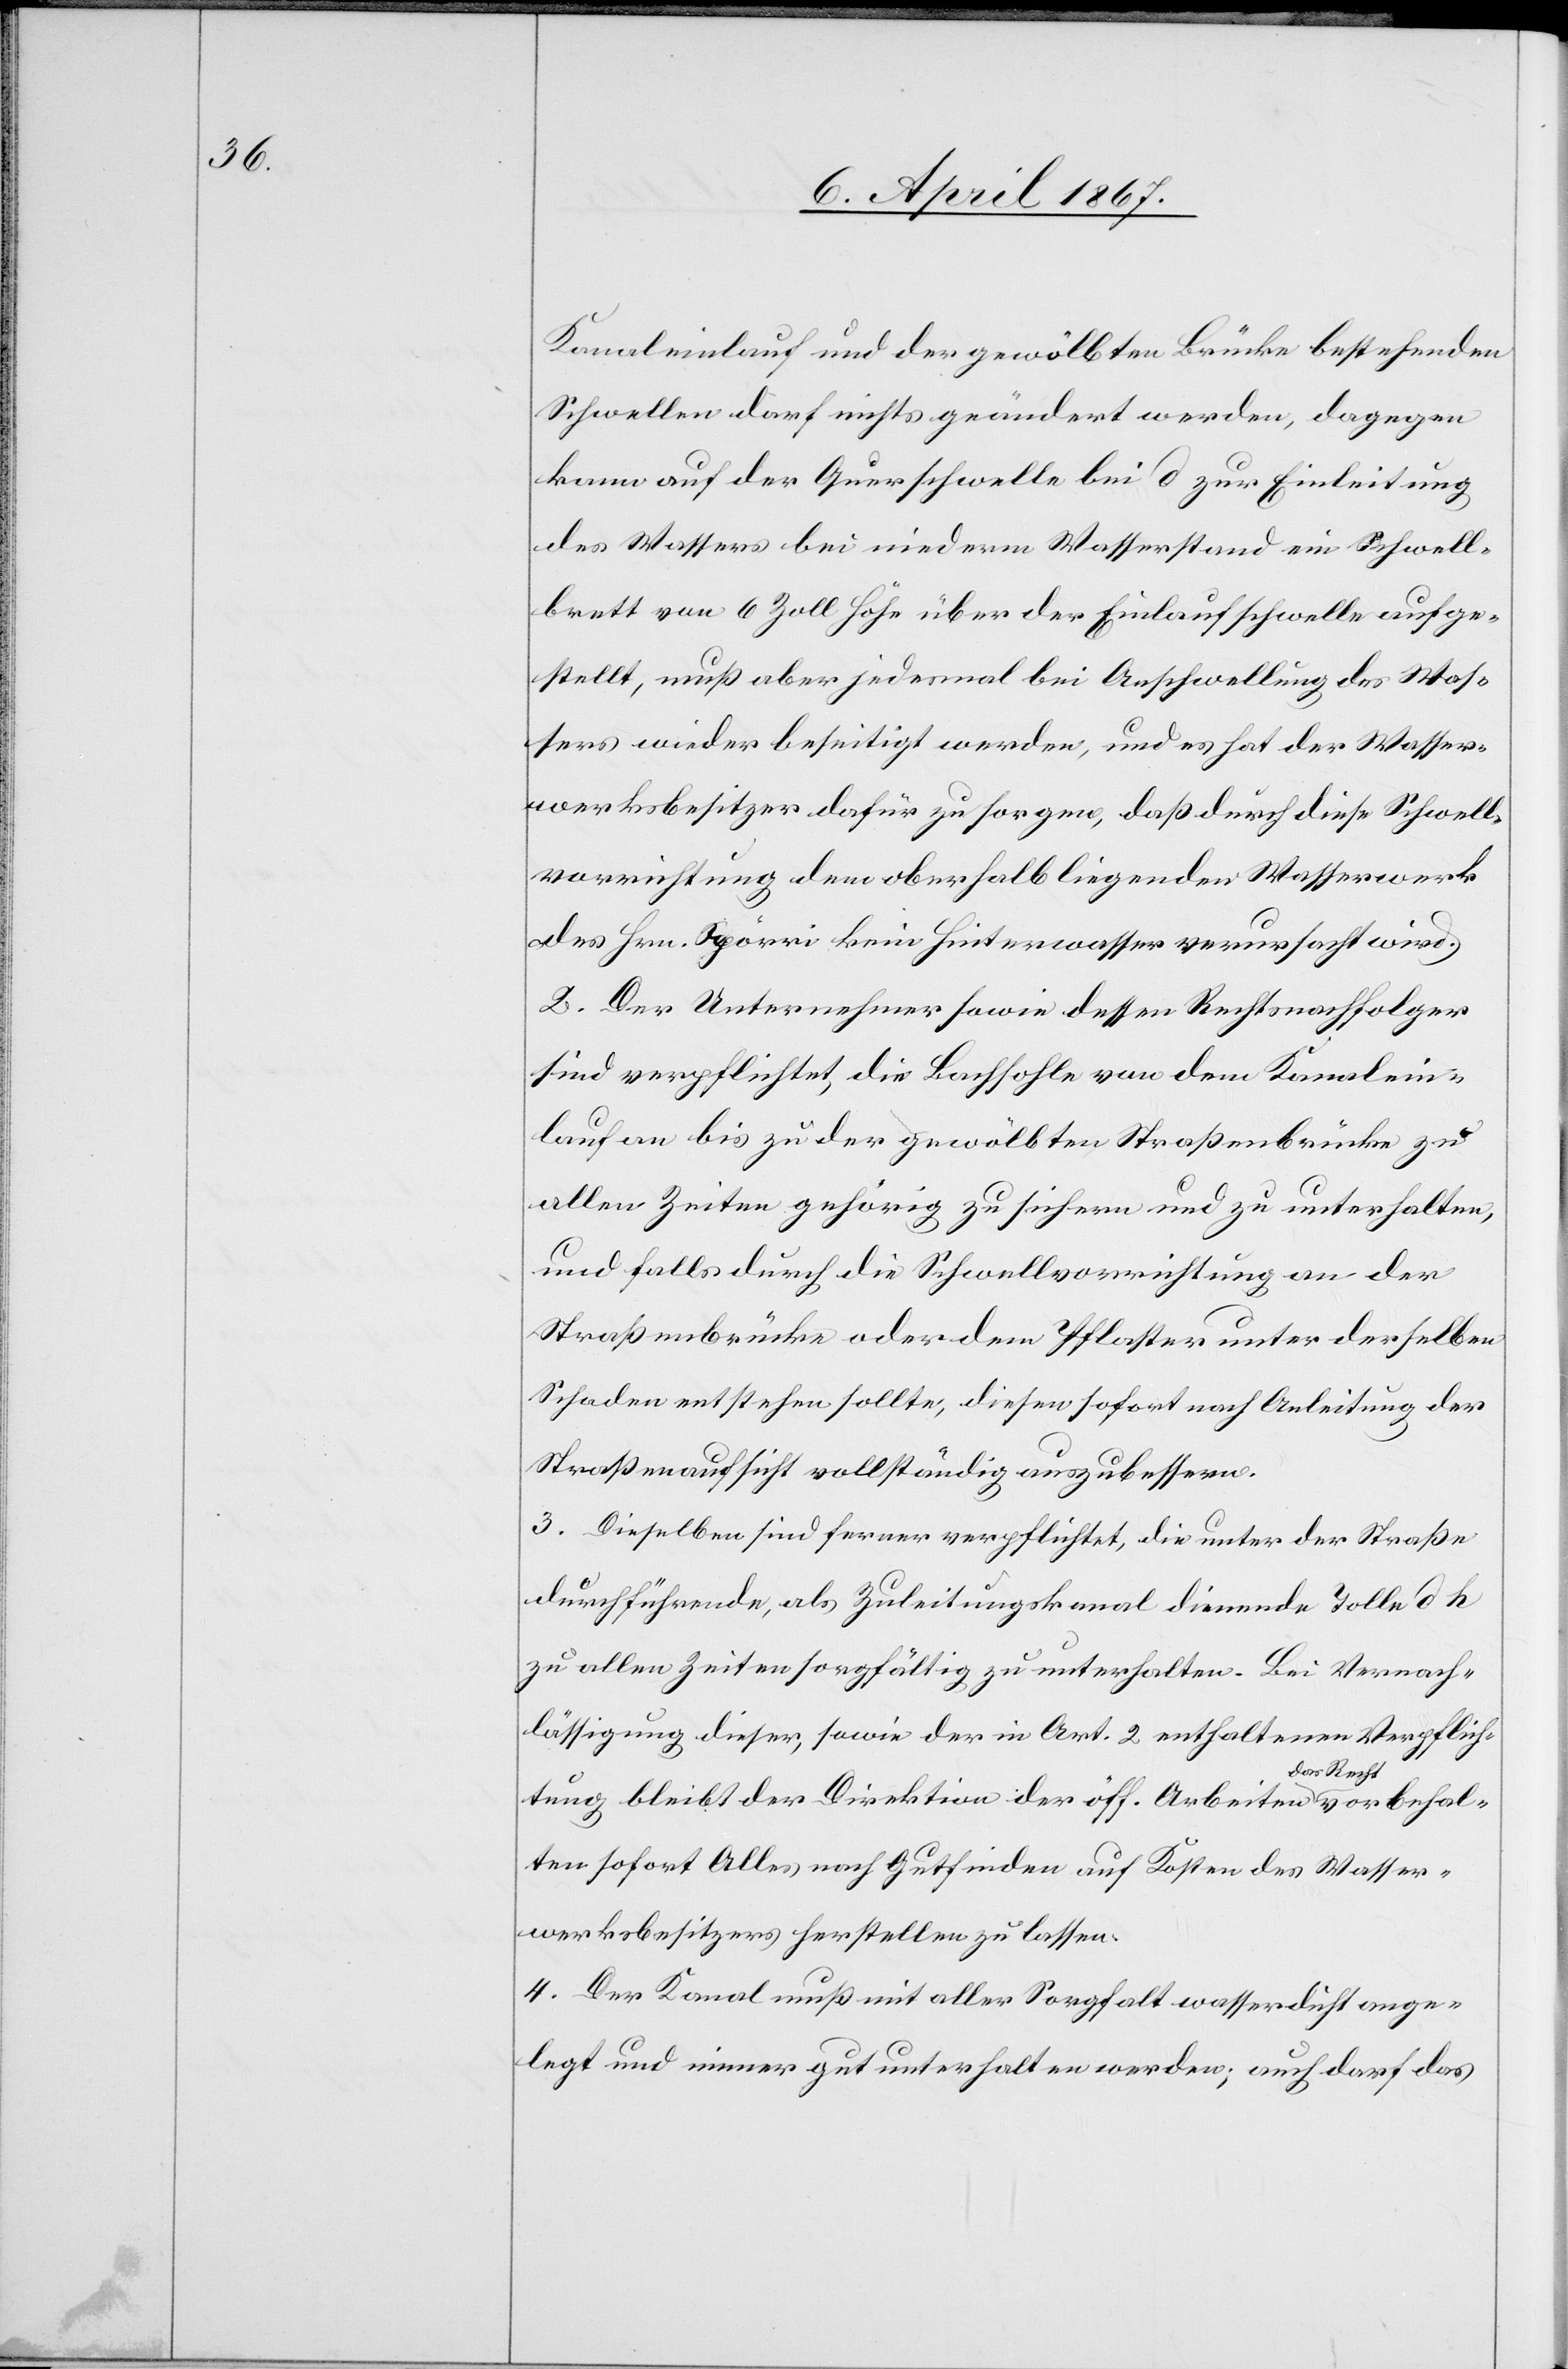
Kanaleinlauf und der gewölbten Brücke bestehenden
Schwellen darf nichts geändert werden, dagegen
kann auf der Querschwelle bei c zur Einleitung
des Wassers bei niederm Wasserstand ein Schwell¬
brett von 6 Zoll Höhe über der Einlaufschwelle aufge¬
stellt, muß aber jedesmal bei Anschwellung des Was¬
sers wieder beseitigt werden, und es hat der Wasser¬
werksbesitzer dafür zu sorgen, daß durch diese Schwell¬
vorrichtung dem oberhalb liegenden Wasserwerk
des Hrn. Spörri kein Hinterwasser verursacht wird.
2. Der Unternehmer sowie dessen Rechtsnachfolger
sind verpflichtet, die Bachsohle von dem Kanalein¬
lauf an bis zu der gewölbten Straßenbrücke zu
allen Zeiten gehörig zu sichern und zu unterhalten,
und falls durch die Schwellvorrichtung an der
Straßenbrücke oder dem Pflaster unter derselben
Schaden entstehen sollte, diesen sofort nach Anleitung der
Straßenaufsicht vollständig auszubessern.
3. Dieselben sind ferner verpflichtet, die unter der Straße
durchführende, als Zuleitungskanal dienende Tolle c k
zu allen Zeiten sorgfältig zu unterhalten. Bei Vernach¬
lässigung dieser, sowie der in Art. 2 enthaltenen Verpflich¬
tung bleibt der Direktion der öff. Arbeiten das Recht vorbehal¬
ten sofort Alles, nach Gutfinden auf Kosten des Wasser¬
werksbesitzers herstellen zu lassen.
4. Der Kanal muß mit aller Sorgfalt wasserdicht ange¬
legt und immer gut unterhalten werden; auch darf das